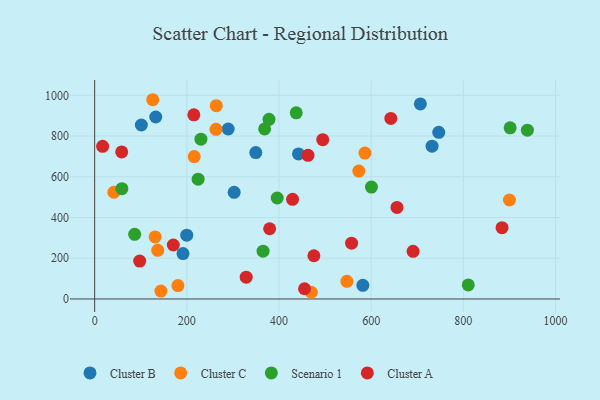
{"axis": {"x": "Study Hours", "y": "Salary"}, "legend": ["Cluster A", "Cluster B", "Cluster C", "Scenario 1"], "data": [{"x": "746.6", "y": 818.0, "type": "Cluster B"}, {"x": "302.7", "y": 523.6, "type": "Cluster B"}, {"x": "442.3", "y": 712.0, "type": "Cluster B"}, {"x": "199.8", "y": 313.1, "type": "Cluster B"}, {"x": "101.3", "y": 854.1, "type": "Cluster B"}, {"x": "581.9", "y": 67.0, "type": "Cluster B"}, {"x": "732.1", "y": 750.0, "type": "Cluster B"}, {"x": "132.6", "y": 893.6, "type": "Cluster B"}, {"x": "706.7", "y": 957.6, "type": "Cluster B"}, {"x": "191.7", "y": 222.7, "type": "Cluster B"}, {"x": "289.7", "y": 834.5, "type": "Cluster B"}, {"x": "349.6", "y": 719.0, "type": "Cluster B"}, {"x": "547.3", "y": 86.9, "type": "Cluster C"}, {"x": "586.5", "y": 716.2, "type": "Cluster C"}, {"x": "573.2", "y": 628.0, "type": "Cluster C"}, {"x": "900.0", "y": 485.9, "type": "Cluster C"}, {"x": "470.2", "y": 32.9, "type": "Cluster C"}, {"x": "143.8", "y": 38.8, "type": "Cluster C"}, {"x": "263.3", "y": 833.0, "type": "Cluster C"}, {"x": "263.9", "y": 948.9, "type": "Cluster C"}, {"x": "136.8", "y": 239.0, "type": "Cluster C"}, {"x": "180.7", "y": 65.8, "type": "Cluster C"}, {"x": "41.6", "y": 524.1, "type": "Cluster C"}, {"x": "131.2", "y": 304.9, "type": "Cluster C"}, {"x": "126.0", "y": 978.3, "type": "Cluster C"}, {"x": "216.0", "y": 699.3, "type": "Cluster C"}, {"x": "938.9", "y": 828.6, "type": "Scenario 1"}, {"x": "437.4", "y": 914.2, "type": "Scenario 1"}, {"x": "810.6", "y": 68.8, "type": "Scenario 1"}, {"x": "901.5", "y": 840.3, "type": "Scenario 1"}, {"x": "396.1", "y": 495.9, "type": "Scenario 1"}, {"x": "365.4", "y": 234.8, "type": "Scenario 1"}, {"x": "368.8", "y": 834.7, "type": "Scenario 1"}, {"x": "59.1", "y": 541.8, "type": "Scenario 1"}, {"x": "378.3", "y": 882.3, "type": "Scenario 1"}, {"x": "224.5", "y": 588.2, "type": "Scenario 1"}, {"x": "86.8", "y": 317.6, "type": "Scenario 1"}, {"x": "230.6", "y": 784.4, "type": "Scenario 1"}, {"x": "600.6", "y": 549.2, "type": "Scenario 1"}, {"x": "642.6", "y": 886.5, "type": "Cluster A"}, {"x": "17.3", "y": 749.5, "type": "Cluster A"}, {"x": "494.9", "y": 782.2, "type": "Cluster A"}, {"x": "462.9", "y": 705.5, "type": "Cluster A"}, {"x": "557.5", "y": 274.1, "type": "Cluster A"}, {"x": "379.7", "y": 344.7, "type": "Cluster A"}, {"x": "475.7", "y": 212.2, "type": "Cluster A"}, {"x": "690.9", "y": 234.1, "type": "Cluster A"}, {"x": "170.7", "y": 264.9, "type": "Cluster A"}, {"x": "97.7", "y": 186.3, "type": "Cluster A"}, {"x": "656.0", "y": 449.4, "type": "Cluster A"}, {"x": "429.4", "y": 489.4, "type": "Cluster A"}, {"x": "58.7", "y": 722.0, "type": "Cluster A"}, {"x": "455.4", "y": 50.3, "type": "Cluster A"}, {"x": "883.9", "y": 349.9, "type": "Cluster A"}, {"x": "328.8", "y": 106.9, "type": "Cluster A"}, {"x": "215.2", "y": 904.1, "type": "Cluster A"}]}